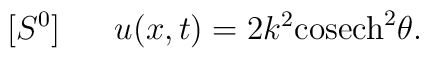
[S^0] ~~~~~u(x,t)=2k^2{\rm cosech}^2 \theta.